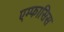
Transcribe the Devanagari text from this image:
एम्फासिस